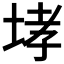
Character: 𡌉